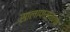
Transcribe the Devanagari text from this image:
सालापासूनच्या